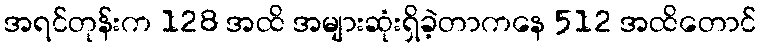
အရင်တုန်းက 128 အထိ အများဆုံးရှိခဲ့တာကနေ 512 အထိတောင်